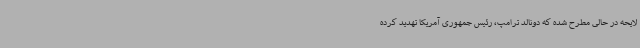
لایحه در حالی مطرح شده که دونالد ترامپ، رئیس جمهوری آمریکا تهدید کرده